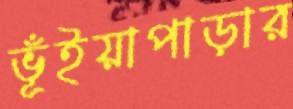
ভূঁইয়াপাড়ার